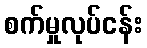
စက်မှုလုပ်ငန်း